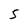
Character: S